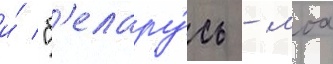
и́ "б'елару́сь - моа